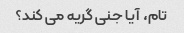
تام، آیا جنی گریه می کند؟